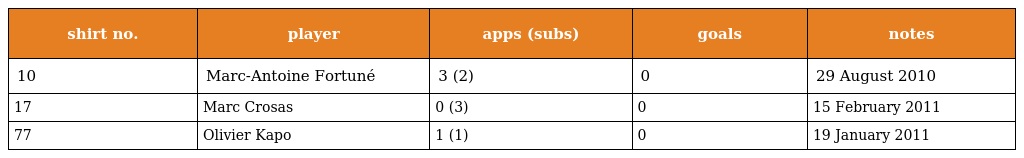
| shirt no. | player | apps (subs) | goals | notes |
 | --- | --- | --- | --- | --- |
 | 10 | Marc-Antoine Fortuné | 3 (2) | 0 | 29 August 2010 |
 | 17 | Marc Crosas | 0 (3) | 0 | 15 February 2011 |
 | 77 | Olivier Kapo | 1 (1) | 0 | 19 January 2011 |